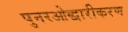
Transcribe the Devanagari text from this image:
पुनरओद्धारीकरण